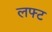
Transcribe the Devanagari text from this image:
लफ्ट